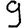
Digit: 9